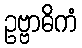
ဥဗ္ဗာဓိကံ